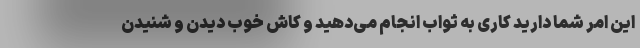
این امر شما دارید کاری به ثواب انجام می‌دهید و کاش خوب دیدن و شنیدن